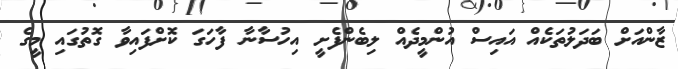
ޒާންއަށް ބަދަލުތަކެއް އައިސް އުންމީދެއް ލިބެންފެށީ އިހުސާނާ ފާހަގަ ކޮށްފައިވާ ގޮތުގައި މީގެ